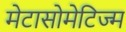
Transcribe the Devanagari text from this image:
मेटासोमेटिज्म